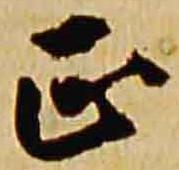
正